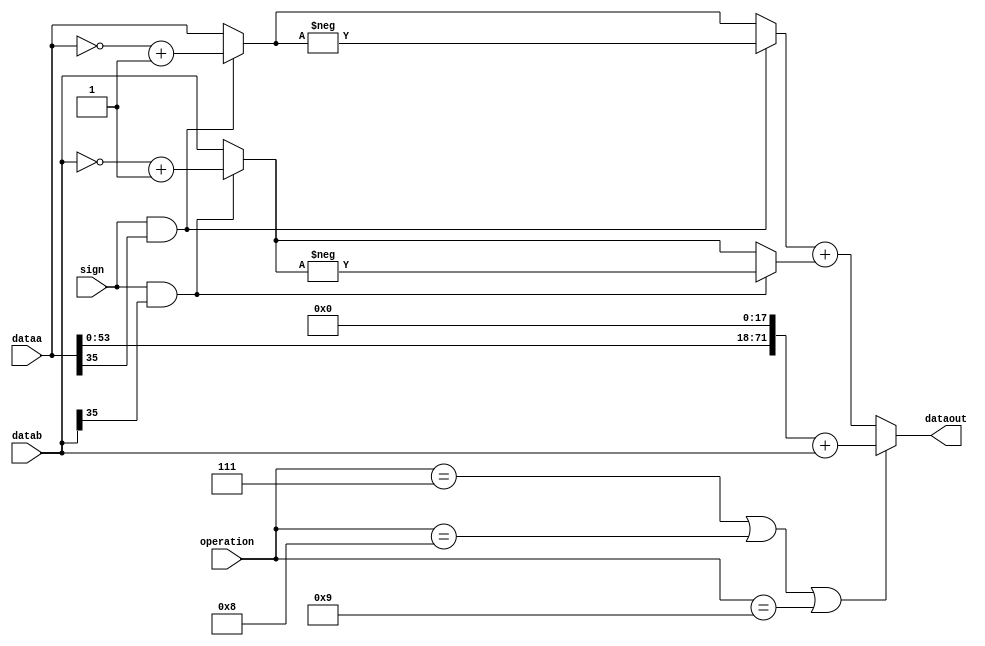
module arriaiigz_first_stage_add_sub(
                                 dataa,
                                 datab,
                                 sign,
                                 operation,
                                 dataout
                                );
//PARAMETERS
parameter    dataa_width = 36;
parameter    datab_width = 36;
parameter   fsa_mode = "add";
// INPUT PORTS
input [71  : 0 ] dataa;
input [71 : 0 ] datab;
input sign;
input [3:0] operation;
// OUTPUT PORTS
output [71: 0] dataout;
//INTERNAL SIGNALS
reg[71 :0] dataout_tmp;
reg[71:0] abs_b;
reg[71:0] abs_a;
reg sign_a;
reg sign_b;
specify
    (dataa *> dataout)              = (0, 0);
    (datab *> dataout)              = (0, 0);
    (sign *> dataout)               = (0, 0);
endspecify
//assign the output values
assign dataout = dataout_tmp;
always @(dataa or datab or sign or operation)
    begin
        if((operation == 4'b0111) ||(operation == 4'b1000)|| (operation == 4'b1001))  //36 bit multiply, shift and add
            begin
                dataout_tmp = {dataa[53:36],dataa[35:0],18'b0} + datab;
            end
    else
        begin
            sign_a  = (sign && dataa[dataa_width -1]);
            abs_a = (sign_a) ? (~dataa + 1'b1) : dataa;
            sign_b  = (sign && datab[datab_width-1]);
            abs_b = (sign_b) ? (~datab + 1'b1) : datab;
            if (fsa_mode == "add")
                dataout_tmp = (sign_a ? -abs_a : abs_a) + (sign_b ?-abs_b : abs_b);
            else
                dataout_tmp = (sign_a ? -abs_a : abs_a) - (sign_b ?-abs_b : abs_b);
        end
    end
endmodule